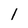
Character: l